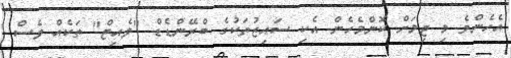
އެހެންވެ މި ޖިމަށް ކޮންމެހެން އެކި ސައިޒުތަކުގެ ބްރޭންޑެޑް "ވެއިޓް" ތަކެއް ވެސް